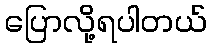
ပြောလို့ရပါတယ်